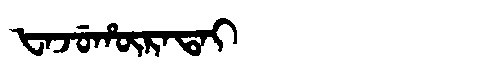
Manchu: ᡶᠠᠵᡠᡥᡡᡵᠠᡨᠠᡳ
Romanization: FAJUHŪRATAI